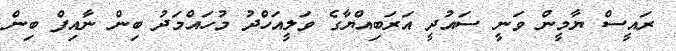
ރައީސް ޔާމީން ވަނީ ސައުދީ އަރަބިއްޔާގެ ވަލީއަހްދު މުހައްމަދު ބިން ނާއިފް ބިން